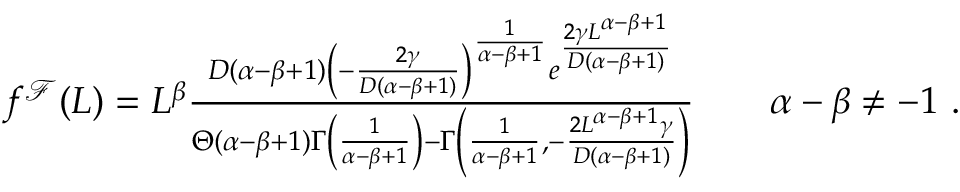
\begin{array} { r } { f ^ { \mathcal { F } } ( L ) = L ^ { \beta } \frac { D ( \alpha - \beta + 1 ) \left( - \frac { 2 \gamma } { D ( \alpha - \beta + 1 ) } \right) ^ { \frac { 1 } { \alpha - \beta + 1 } } e ^ { \frac { 2 \gamma L ^ { \alpha - \beta + 1 } } { D ( \alpha - \beta + 1 ) } } } { \Theta ( \alpha - \beta + 1 ) \Gamma \left( \frac { 1 } { \alpha - \beta + 1 } \right) - \Gamma \left( \frac { 1 } { \alpha - \beta + 1 } , - \frac { 2 L ^ { \alpha - \beta + 1 } \gamma } { D ( \alpha - \beta + 1 ) } \right) } \qquad \alpha - \beta \neq - 1 \ . } \end{array}